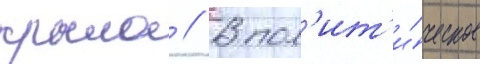
крыло // В пол'ит'и́ческое